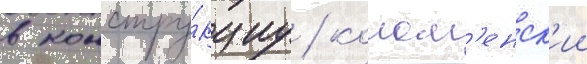
в констру́кциу / колом'енск'ии